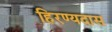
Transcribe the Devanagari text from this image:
हिरण्यदास